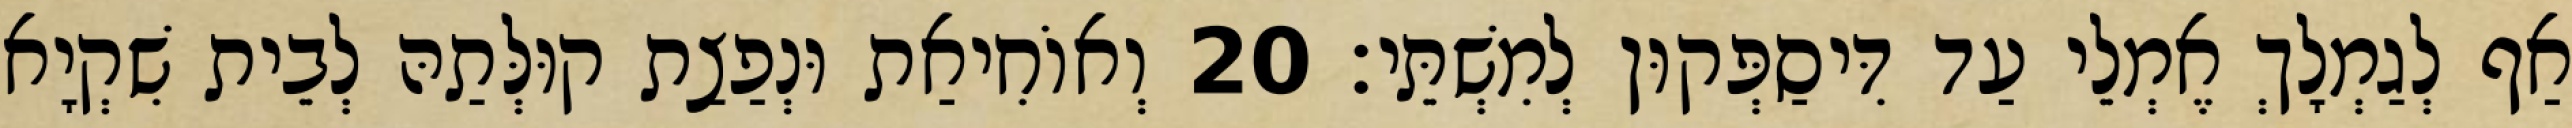
אַף לְגַמְלָךְ אֶמְלֵי עַד דִּיסַפְּקוּן לְמִשְׁתֵּי׃ 20 וְאוֹחִיאַת וּנְפַצַת קוּלְּתַהּ לְבֵית שִׁקְיָא